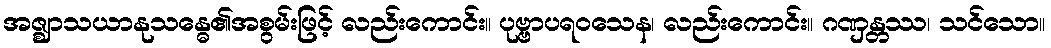
အဇ္ဈာသယာနုသန္ဓေ၏အစွမ်းဖြင့် လည်းကောင်း။ ပုဗ္ဗာပရဝသေန၊ လည်းကောင်း။ ဂဏှန္တဿ၊ သင်သော။